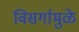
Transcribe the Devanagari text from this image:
विसर्गामुळे